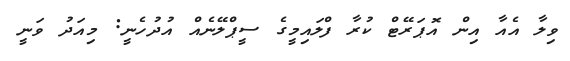
ވިލާ އެއާ އިން އޮޕަރޭޓް ކުރާ ފްލައިމީގެ ސީޕްލޭނެއް އުދުހެނީ: މިއަދު ވަނީ